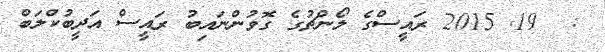
:  19